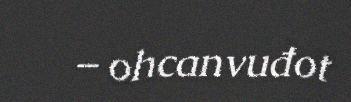
– ohcanvuđot